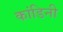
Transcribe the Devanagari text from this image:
कांडिनी